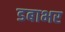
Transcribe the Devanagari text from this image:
डबाभर